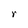
Character: r